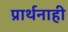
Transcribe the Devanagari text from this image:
प्रार्थनाही